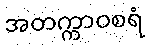
အတက္ကာဝစရံ